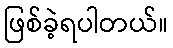
ဖြစ်ခဲ့ရပါတယ်။